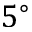
5 ^ { \circ }